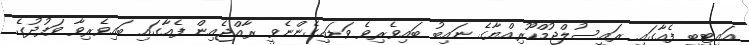
އައިޓީބީ ފެއާގައި ރައީސުލްޖުމްހޫރިއްޔާގެ ނައިބު ބައިވެރިވެ ވަޑައިގެންނެވީ ރާއްޖެއިން ފެއާގައި ބައިވެރިވާ ވަފުދުގެ